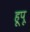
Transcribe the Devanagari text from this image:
हूपू